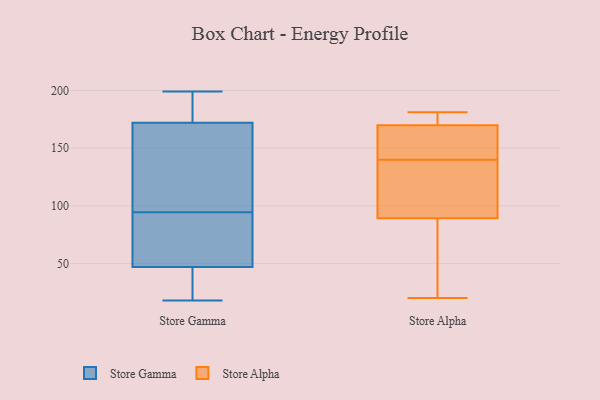
{"axis": {"x": "Tickets Resolved", "y": "Value"}, "legend": ["Store Alpha", "Store Gamma"], "data": [{"x": "", "y": 27, "type": "Store Gamma"}, {"x": "", "y": 72, "type": "Store Gamma"}, {"x": "", "y": 188, "type": "Store Gamma"}, {"x": "", "y": 47, "type": "Store Gamma"}, {"x": "", "y": 160, "type": "Store Gamma"}, {"x": "", "y": 49, "type": "Store Gamma"}, {"x": "", "y": 199, "type": "Store Gamma"}, {"x": "", "y": 110, "type": "Store Gamma"}, {"x": "", "y": 19, "type": "Store Gamma"}, {"x": "", "y": 146, "type": "Store Gamma"}, {"x": "", "y": 79, "type": "Store Gamma"}, {"x": "", "y": 172, "type": "Store Gamma"}, {"x": "", "y": 173, "type": "Store Gamma"}, {"x": "", "y": 18, "type": "Store Gamma"}, {"x": "", "y": 135, "type": "Store Alpha"}, {"x": "", "y": 140, "type": "Store Alpha"}, {"x": "", "y": 172, "type": "Store Alpha"}, {"x": "", "y": 20, "type": "Store Alpha"}, {"x": "", "y": 127, "type": "Store Alpha"}, {"x": "", "y": 97, "type": "Store Alpha"}, {"x": "", "y": 66, "type": "Store Alpha"}, {"x": "", "y": 147, "type": "Store Alpha"}, {"x": "", "y": 157, "type": "Store Alpha"}, {"x": "", "y": 169, "type": "Store Alpha"}, {"x": "", "y": 181, "type": "Store Alpha"}, {"x": "", "y": 174, "type": "Store Alpha"}, {"x": "", "y": 29, "type": "Store Alpha"}]}